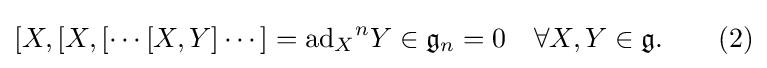
[X,[X,[\cdots [X,Y]\cdots ]={\mathrm {ad} _{X}}^{n}Y\in {\mathfrak {g}}_{n}=0\quad \forall X,Y\in {\mathfrak {g}}.\qquad (2)